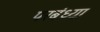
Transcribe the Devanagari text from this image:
परबंध्या